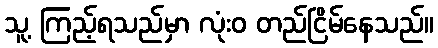
သူ့ ကြည့်ရသည်မှာ လုံးဝ တည်ငြိမ်နေသည်။